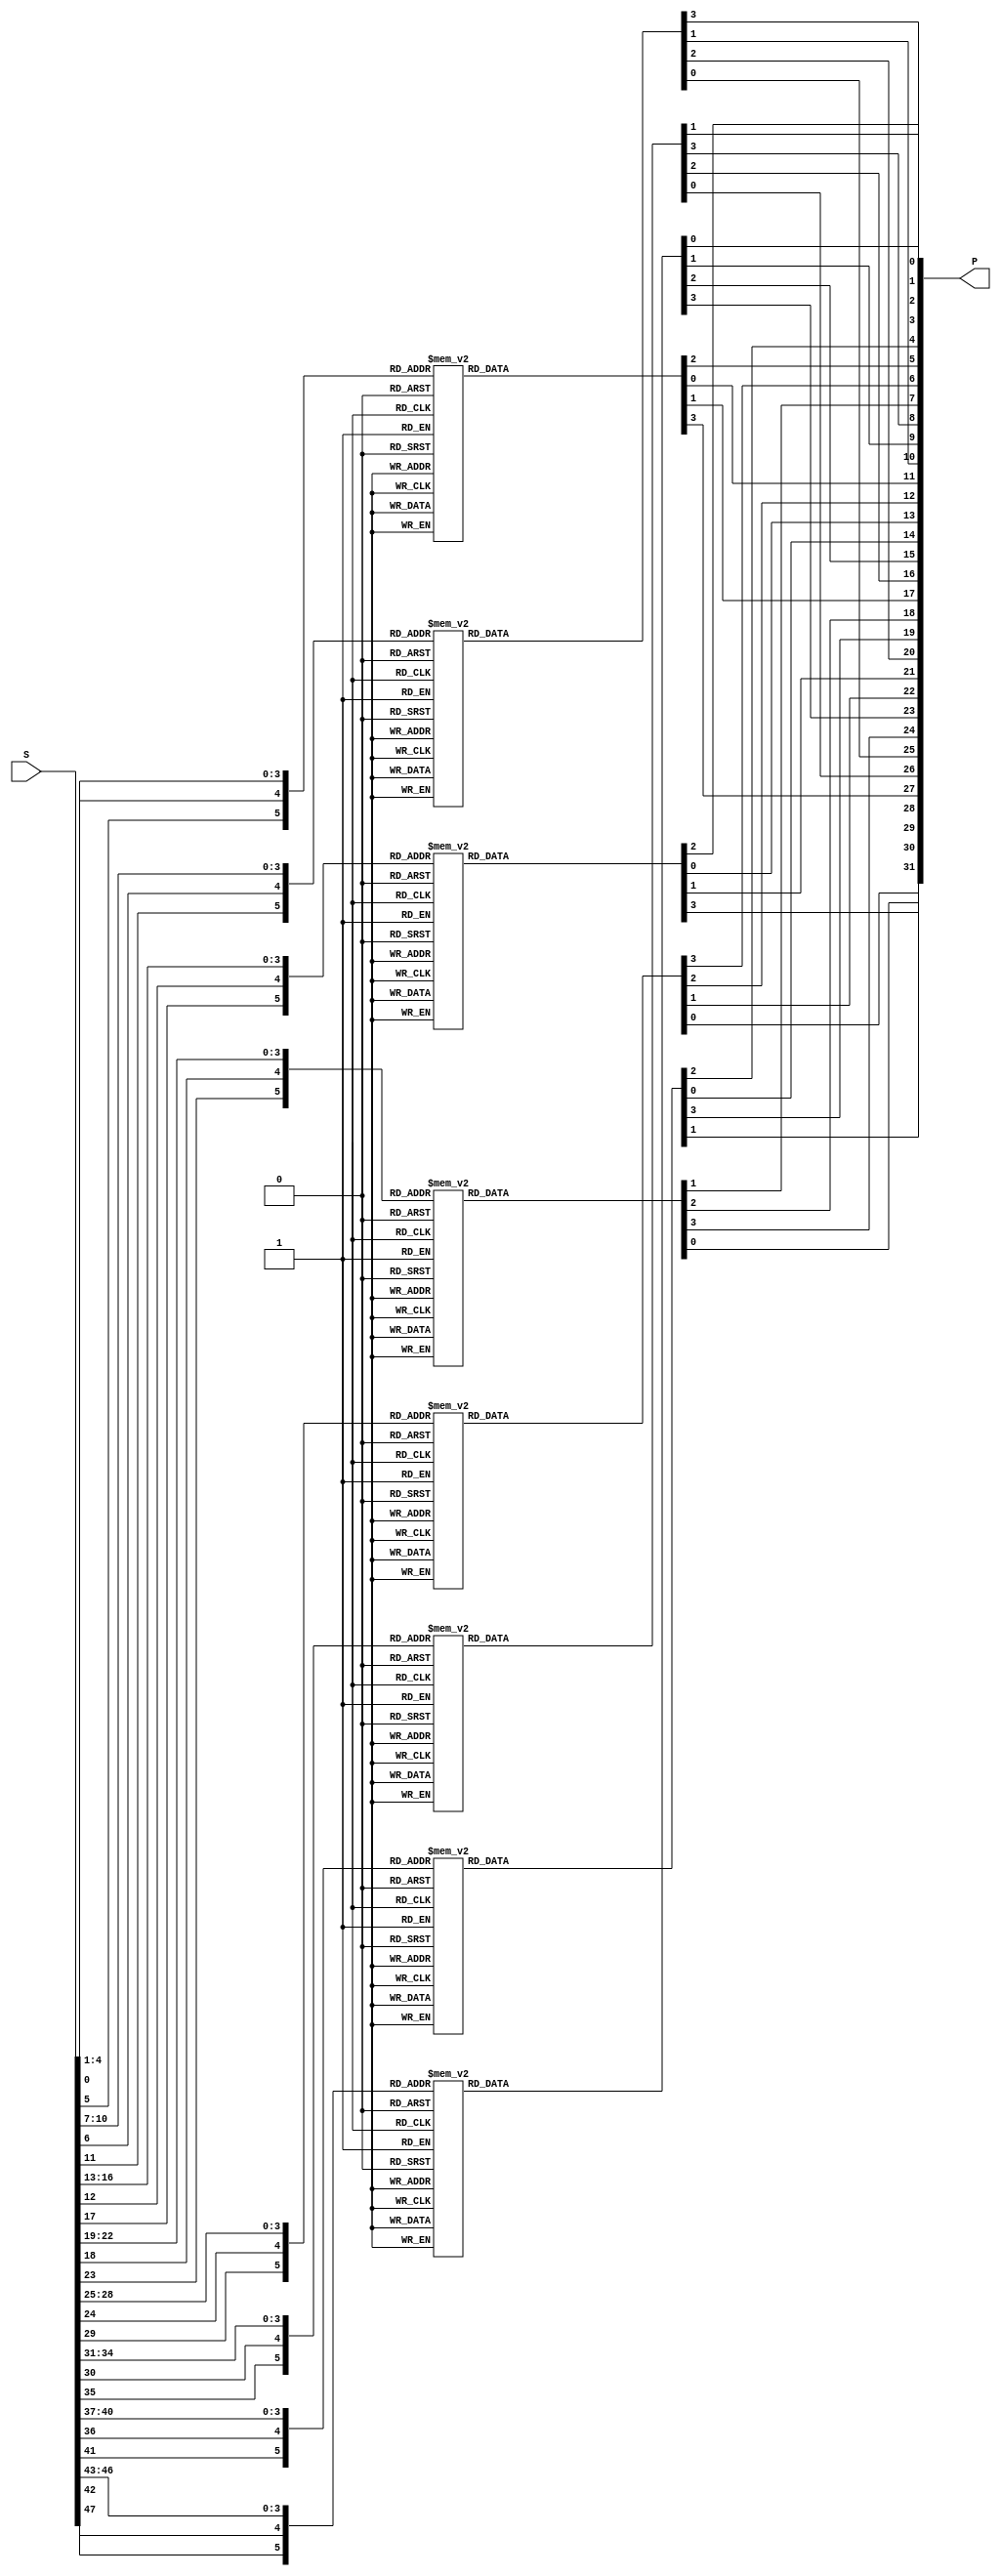
///////////////////////////////
//    S-Box & Permutation    //
///////////////////////////////
module SP(S, P);
  input  [1:48] S;
  output [1:32] P;

  reg [1:4] x1, x2, x3, x4, x5, x6, x7, x8;

  assign P = {x4[4], x2[3], x5[4], x6[1], x8[1], x3[4], x7[4], x5[1],
              x1[1], x4[3], x6[3], x7[2], x2[1], x5[2], x8[3], x3[2],
              x1[2], x2[4], x6[4], x4[2], x8[4], x7[3], x1[3], x3[1],
              x5[3], x4[1], x8[2], x2[2], x6[2], x3[3], x1[4], x7[1]};

  always @(S[1:6]) begin
    case ({S[1], S[6], S[ 2: 5]})
       0: x1 =  9;   1: x1 =  7;   2: x1 = 15;   3: x1 =  2;
       4: x1 =  6;   5: x1 = 12;   6: x1 = 10;   7: x1 =  1;
       8: x1 =  3;   9: x1 =  0;  10: x1 =  4;  11: x1 = 14;
      12: x1 =  8;  13: x1 =  5;  14: x1 = 13;  15: x1 = 11;
      16: x1 =  3;  17: x1 =  0;  18: x1 =  5;  19: x1 = 11;
      20: x1 = 15;  21: x1 =  6;  22: x1 =  9;  23: x1 = 12;
      24: x1 =  8;  25: x1 = 13;  26: x1 =  2;  27: x1 =  4;
      28: x1 =  1;  29: x1 = 10;  30: x1 = 14;  31: x1 =  7;
      32: x1 =  6;  33: x1 = 10;  34: x1 =  0;  35: x1 =  7;
      36: x1 =  5;  37: x1 =  9;  38: x1 = 15;  39: x1 =  4;
      40: x1 = 12;  41: x1 =  3;  42: x1 = 11;  43: x1 =  8;
      44: x1 =  2;  45: x1 = 14;  46: x1 =  1;  47: x1 = 13;
      48: x1 = 15;  49: x1 =  6;  50: x1 = 10;  51: x1 =  0;
      52: x1 =  9;  53: x1 =  5;  54: x1 = 12;  55: x1 = 11;
      56: x1 =  2;  57: x1 =  8;  58: x1 =  1;  59: x1 = 13;
      60: x1 = 14;  61: x1 =  3;  62: x1 =  7;  63: x1 =  4;
    endcase
  end

  always @(S[7:12]) begin
    case ({S[7], S[12], S[ 8:11]})
       0: x2 =  8;   1: x2 =  4;   2: x2 =  2;   3: x2 =  9;
       4: x2 =  1;   5: x2 = 14;   6: x2 = 13;   7: x2 =  3;
       8: x2 =  5;   9: x2 = 11;  10: x2 = 15;  11: x2 = 12;
      12: x2 = 10;  13: x2 =  7;  14: x2 =  6;  15: x2 =  0;
      16: x2 = 15;  17: x2 =  1;  18: x2 =  5;  19: x2 = 10;
      20: x2 =  8;  21: x2 =  4;  22: x2 =  2;  23: x2 = 13;
      24: x2 =  9;  25: x2 =  7;  26: x2 =  6;  27: x2 =  0;
      28: x2 =  3;  29: x2 = 14;  30: x2 = 12;  31: x2 = 11;
      32: x2 = 14;  33: x2 =  3;  34: x2 =  4;  35: x2 = 15;
      36: x2 = 13;  37: x2 =  8;  38: x2 =  1;  39: x2 =  6;
      40: x2 =  0;  41: x2 =  5;  42: x2 =  9;  43: x2 =  2;
      44: x2 =  7;  45: x2 = 11;  46: x2 = 10;  47: x2 = 12;
      48: x2 =  0;  49: x2 = 13;  50: x2 = 14;  51: x2 =  4;
      52: x2 = 11;  53: x2 =  1;  54: x2 =  7;  55: x2 = 10;
      56: x2 =  6;  57: x2 =  8;  58: x2 =  3;  59: x2 = 15;
      60: x2 = 12;  61: x2 =  2;  62: x2 =  9;  63: x2 =  5;
    endcase
  end

  always @(S[13:18]) begin
    case ({S[13], S[18], S[14:17]})
       0: x3 = 14;   1: x3 =  3;   2: x3 =  4;   3: x3 = 15;
       4: x3 =  2;   5: x3 = 12;   6: x3 = 11;   7: x3 =  5;
       8: x3 = 13;   9: x3 =  0;  10: x3 =  1;  11: x3 = 10;
      12: x3 =  8;  13: x3 =  7;  14: x3 =  6;  15: x3 =  9;
      16: x3 =  2;  17: x3 = 12;  18: x3 = 11;  19: x3 =  1;
      20: x3 = 14;  21: x3 =  7;  22: x3 =  5;  23: x3 = 10;
      24: x3 =  4;  25: x3 =  9;  26: x3 = 13;  27: x3 =  6;
      28: x3 =  3;  29: x3 =  0;  30: x3 =  8;  31: x3 = 15;
      32: x3 =  5;  33: x3 = 14;  34: x3 =  2;  35: x3 =  8;
      36: x3 = 15;  37: x3 =  1;  38: x3 = 12;  39: x3 = 11;
      40: x3 =  0;  41: x3 =  9;  42: x3 = 13;  43: x3 =  7;
      44: x3 =  6;  45: x3 = 10;  46: x3 =  3;  47: x3 =  4;
      48: x3 = 12;  49: x3 =  7;  50: x3 =  1;  51: x3 = 13;
      52: x3 =  2;  53: x3 =  8;  54: x3 = 11;  55: x3 =  4;
      56: x3 =  9;  57: x3 = 14;  58: x3 = 10;  59: x3 =  0;
      60: x3 = 15;  61: x3 =  5;  62: x3 =  6;  63: x3 =  3;
    endcase
  end

  always @(S[19:24]) begin
    case ({S[19], S[24], S[20:23]})
       0: x4 = 13;   1: x4 =  3;   2: x4 =  6;   3: x4 =  5;
       4: x4 =  8;   5: x4 = 15;   6: x4 = 11;   7: x4 =  0;
       8: x4 =  4;   9: x4 = 10;  10: x4 =  9;  11: x4 = 12;
      12: x4 =  2;  13: x4 =  1;  14: x4 = 14;  15: x4 =  7;
      16: x4 =  4;  17: x4 =  9;  18: x4 =  3;  19: x4 =  0;
      20: x4 = 14;  21: x4 =  5;  22: x4 = 13;  23: x4 = 10;
      24: x4 =  2;  25: x4 = 15;  26: x4 = 12;  27: x4 =  6;
      28: x4 = 11;  29: x4 =  8;  30: x4 =  7;  31: x4 =  1;
      32: x4 = 10;  33: x4 =  4;  34: x4 =  5;  35: x4 =  8;
      36: x4 = 15;  37: x4 =  3;  38: x4 =  6;  39: x4 = 13;
      40: x4 =  7;  41: x4 =  1;  42: x4 = 14;  43: x4 =  2;
      44: x4 =  9;  45: x4 = 12;  46: x4 =  0;  47: x4 = 11;
      48: x4 = 15;  49: x4 =  2;  50: x4 =  0;  51: x4 = 14;
      52: x4 =  5;  53: x4 =  9;  54: x4 =  3;  55: x4 =  4;
      56: x4 =  1;  57: x4 =  8;  58: x4 =  7;  59: x4 = 11;
      60: x4 = 12;  61: x4 =  6;  62: x4 = 10;  63: x4 = 13;
    endcase
  end

  always @(S[25:30]) begin
    case ({S[25], S[30], S[26:29]})
       0: x5 =  8;   1: x5 =  6;   2: x5 =  7;   3: x5 =  1;
       4: x5 =  4;   5: x5 = 13;   6: x5 =  2;   7: x5 = 11;
       8: x5 =  3;   9: x5 = 12;  10: x5 =  0;  11: x5 = 15;
      12: x5 =  9;  13: x5 = 10;  14: x5 = 14;  15: x5 =  5;
      16: x5 =  4;  17: x5 =  1;  18: x5 =  2;  19: x5 = 12;
      20: x5 = 13;  21: x5 = 11;  22: x5 = 14;  23: x5 =  7;
      24: x5 =  8;  25: x5 = 15;  26: x5 =  5;  27: x5 = 10;
      28: x5 =  6;  29: x5 =  0;  30: x5 =  3;  31: x5 =  9;
      32: x5 =  1;  33: x5 = 11;  34: x5 = 10;  35: x5 =  4;
      36: x5 =  7;  37: x5 =  2;  38: x5 = 13;  39: x5 =  8;
      40: x5 =  6;  41: x5 =  5;  42: x5 = 15;  43: x5 =  3;
      44: x5 = 12;  45: x5 =  9;  46: x5 =  0;  47: x5 = 14;
      48: x5 = 15;  49: x5 =  2;  50: x5 = 12;  51: x5 = 11;
      52: x5 = 10;  53: x5 =  7;  54: x5 =  1;  55: x5 = 13;
      56: x5 =  5;  57: x5 =  8;  58: x5 =  9;  59: x5 =  4;
      60: x5 =  0;  61: x5 = 14;  62: x5 =  6;  63: x5 =  3;
    endcase
  end

  always @(S[31:36]) begin
    case ({S[31], S[36], S[32:35]})
       0: x6 = 15;   1: x6 =  4;   2: x6 = 12;   3: x6 =  7;
       4: x6 =  5;   5: x6 =  2;   6: x6 = 10;   7: x6 =  9;
       8: x6 =  8;   9: x6 =  3;  10: x6 =  1;  11: x6 = 13;
      12: x6 = 11;  13: x6 = 14;  14: x6 =  6;  15: x6 =  0;
      16: x6 =  3;  17: x6 = 10;  18: x6 = 15;  19: x6 =  1;
      20: x6 =  9;  21: x6 =  4;  22: x6 =  0;  23: x6 =  7;
      24: x6 =  6;  25: x6 = 13;  26: x6 = 12;  27: x6 =  2;
      28: x6 =  5;  29: x6 =  8;  30: x6 = 11;  31: x6 = 14;
      32: x6 =  4;  33: x6 =  2;  34: x6 =  9;  35: x6 = 12;
      36: x6 = 10;  37: x6 = 15;  38: x6 =  3;  39: x6 =  5;
      40: x6 =  1;  41: x6 = 13;  42: x6 = 14;  43: x6 = 11;
      44: x6 =  7;  45: x6 =  0;  46: x6 =  8;  47: x6 =  6;
      48: x6 =  9;  49: x6 =  5;  50: x6 =  2;  51: x6 = 15;
      52: x6 =  4;  53: x6 =  3;  54: x6 = 14;  55: x6 =  0;
      56: x6 = 12;  57: x6 =  6;  58: x6 =  7;  59: x6 =  8;
      60: x6 = 10;  61: x6 = 13;  62: x6 =  1;  63: x6 = 11;
    endcase
  end

  always @(S[37:42]) begin
    case ({S[37], S[42], S[38:41]})
       0: x7 =  3;   1: x7 = 12;   2: x7 = 14;   3: x7 =  2;
       4: x7 =  0;   5: x7 = 15;   6: x7 =  9;   7: x7 =  5;
       8: x7 = 10;   9: x7 =  7;  10: x7 =  1;  11: x7 =  4;
      12: x7 = 13;  13: x7 =  8;  14: x7 =  6;  15: x7 = 11;
      16: x7 =  9;  17: x7 =  2;  18: x7 =  0;  19: x7 =  5;
      20: x7 =  6;  21: x7 =  8;  22: x7 = 10;  23: x7 = 15;
      24: x7 =  7;  25: x7 = 14;  26: x7 = 12;  27: x7 =  3;
      28: x7 = 11;  29: x7 = 13;  30: x7 =  1;  31: x7 =  4;
      32: x7 =  8;  33: x7 =  6;  34: x7 =  2;  35: x7 = 15;
      36: x7 =  5;  37: x7 = 12;  38: x7 = 14;  39: x7 =  3;
      40: x7 =  1;  41: x7 = 10;  42: x7 =  4;  43: x7 =  9;
      44: x7 = 11;  45: x7 =  7;  46: x7 = 13;  47: x7 =  0;
      48: x7 =  6;  49: x7 =  1;  50: x7 =  5;  51: x7 = 10;
      52: x7 =  9;  53: x7 =  7;  54: x7 =  3;  55: x7 = 12;
      56: x7 =  8;  57: x7 = 13;  58: x7 = 15;  59: x7 =  0;
      60: x7 =  2;  61: x7 = 14;  62: x7 =  4;  63: x7 = 11;
    endcase
  end

  always @(S[43:48]) begin
    case ({S[43], S[48], S[44:47]})
       0: x8 = 11;   1: x8 =  0;   2: x8 =  7;   3: x8 =  9;
       4: x8 =  2;   5: x8 = 15;   6: x8 = 12;   7: x8 =  5;
       8: x8 = 13;   9: x8 = 14;  10: x8 = 10;  11: x8 =  3;
      12: x8 =  1;  13: x8 =  4;  14: x8 =  6;  15: x8 =  8;
      16: x8 = 14;  17: x8 =  5;  18: x8 =  9;  19: x8 = 12;
      20: x8 =  7;  21: x8 = 10;  22: x8 =  0;  23: x8 =  3;
      24: x8 =  8;  25: x8 =  2;  26: x8 =  6;  27: x8 = 15;
      28: x8 = 13;  29: x8 =  1;  30: x8 = 11;  31: x8 =  4;
      32: x8 =  2;  33: x8 = 15;  34: x8 = 12;  35: x8 = 10;
      36: x8 =  9;  37: x8 =  0;  38: x8 =  5;  39: x8 =  6;
      40: x8 =  4;  41: x8 =  1;  42: x8 =  3;  43: x8 = 13;
      44: x8 = 14;  45: x8 =  7;  46: x8 =  8;  47: x8 = 11;
      48: x8 =  1;  49: x8 = 12;  50: x8 = 10;  51: x8 =  6;
      52: x8 =  4;  53: x8 =  3;  54: x8 = 15;  55: x8 =  9;
      56: x8 = 11;  57: x8 =  7;  58: x8 =  5;  59: x8 =  0;
      60: x8 =  8;  61: x8 = 13;  62: x8 =  2;  63: x8 = 14;
    endcase
  end
endmodule


/////////////////////////////
//         DES core        //
/////////////////////////////
module DES(Din, Key, Dout, Drdy, Krdy, ENC, RSTn, EN, CLK, BSY, Dvld);
  input  [1:64] Din;  // Data input
  input  [1:64] Key;  // Key input
  output [1:64] Dout; // Data output
  input  Drdy;        // Data input ready
  input  Krdy;        // Key input ready
  input  ENC;         // 1 encryption, 0 decryption
  input  RSTn;        // Reset (Low active)
  input  EN;          // DES circuit enable
  input  CLK;         // System clock
  output BSY;         // Busy signal
  output Dvld;        // Data output valid

  reg  [1:64] Drg;    // Data register
  reg  [1:56] Krg;    // Key Register
  reg  [1:16] Rrg;    // Round Register
  reg  BSYrg;         // 0 WAIT, 1 ROUND (busy)
  reg  Dvldrg;

  wire [1:64] Mask;
  wire [1:32] MaskLR;
  wire [1:64] DiX, DoX;
  wire [1:64] IP;
  wire [1:56] PC1, PC2, Knext;
  wire [1:48] Kadd, Sin;
  wire [1:32] Pout;

  assign Mask   = 64'h0123456789abcdef;
  assign MaskLR = Mask[1:32] ^ Mask[33:64];
  assign DiX   = IP ^ Mask;
  assign DoX   = Drg ^ Mask;
 
  assign IP   = {Din[58], Din[50], Din[42], Din[34], Din[26], Din[18], Din[10], Din[2],
                 Din[60], Din[52], Din[44], Din[36], Din[28], Din[20], Din[12], Din[4],
                 Din[62], Din[54], Din[46], Din[38], Din[30], Din[22], Din[14], Din[6],
                 Din[64], Din[56], Din[48], Din[40], Din[32], Din[24], Din[16], Din[8],
                 Din[57], Din[49], Din[41], Din[33], Din[25], Din[17], Din[ 9], Din[1],
                 Din[59], Din[51], Din[43], Din[35], Din[27], Din[19], Din[11], Din[3],
                 Din[61], Din[53], Din[45], Din[37], Din[29], Din[21], Din[13], Din[5],
                 Din[63], Din[55], Din[47], Din[39], Din[31], Din[23], Din[15], Din[7]};

  assign Dout = {DoX[8], DoX[40], DoX[16], DoX[48], DoX[24], DoX[56], DoX[32], DoX[64],
                 DoX[7], DoX[39], DoX[15], DoX[47], DoX[23], DoX[55], DoX[31], DoX[63],
                 DoX[6], DoX[38], DoX[14], DoX[46], DoX[22], DoX[54], DoX[30], DoX[62],
                 DoX[5], DoX[37], DoX[13], DoX[45], DoX[21], DoX[53], DoX[29], DoX[61],
                 DoX[4], DoX[36], DoX[12], DoX[44], DoX[20], DoX[52], DoX[28], DoX[60],
                 DoX[3], DoX[35], DoX[11], DoX[43], DoX[19], DoX[51], DoX[27], DoX[59],
                 DoX[2], DoX[34], DoX[10], DoX[42], DoX[18], DoX[50], DoX[26], DoX[58],
                 DoX[1], DoX[33], DoX[ 9], DoX[41], DoX[17], DoX[49], DoX[25], DoX[57]};

  assign PC1  = {Key[57], Key[49], Key[41], Key[33], Key[25], Key[17], Key[ 9],
                 Key[ 1], Key[58], Key[50], Key[42], Key[34], Key[26], Key[18],
                 Key[10], Key[ 2], Key[59], Key[51], Key[43], Key[35], Key[27],
                 Key[19], Key[11], Key[ 3], Key[60], Key[52], Key[44], Key[36],
                 Key[63], Key[55], Key[47], Key[39], Key[31], Key[23], Key[15],
                 Key[ 7], Key[62], Key[54], Key[46], Key[38], Key[30], Key[22],
                 Key[14], Key[ 6], Key[61], Key[53], Key[45], Key[37], Key[29],
                 Key[21], Key[13], Key[ 5], Key[28], Key[20], Key[12], Key[ 4]};

  assign Knext = (ENC == 1)? 
                 (((Rrg[1] | Rrg[2] | Rrg[9] | Rrg[16]) == 1)?
                   {Krg[2:28], Krg[1], Krg[30:56], Krg[29]}:
                   {Krg[3:28], Krg[1:2], Krg[31:56], Krg[29:30]}):
                 (((Rrg[1] | Rrg[8] | Rrg[15] | Rrg[16]) == 1)?
                   {Krg[28], Krg[1:27], Krg[56], Krg[29:55]}:
                   {Krg[27:28], Krg[1:26], Krg[55:56], Krg[29:54]});

  assign PC2 = (ENC ==1)? Knext: Krg;
  assign Kadd = {PC2[14], PC2[17], PC2[11], PC2[24], PC2[ 1], PC2[ 5],
                 PC2[ 3], PC2[28], PC2[15], PC2[ 6], PC2[21], PC2[10],
                 PC2[23], PC2[19], PC2[12], PC2[ 4], PC2[26], PC2[ 8],
                 PC2[16], PC2[ 7], PC2[27], PC2[20], PC2[13], PC2[ 2],
                 PC2[41], PC2[52], PC2[31], PC2[37], PC2[47], PC2[55],
                 PC2[30], PC2[40], PC2[51], PC2[45], PC2[33], PC2[48],
                 PC2[44], PC2[49], PC2[39], PC2[56], PC2[34], PC2[53],
                 PC2[46], PC2[42], PC2[50], PC2[36], PC2[29], PC2[32]};

  assign Sin = {Drg[64], Drg[33:37], Drg[36:41], Drg[40:45], Drg[44:49],
                Drg[48:53], Drg[52:57], Drg[56:61], Drg[60:64], Drg[33]} ^ Kadd;
  SP SP (Sin, Pout);

  assign BSY = BSYrg;
  assign Dvld = Dvldrg;

  always @(posedge CLK) begin
    if (RSTn == 0) begin
       Rrg    <= 16'b1000000000000000;
       BSYrg  <= 0;
       Dvldrg <= 0;
    end
    else if (EN == 1) begin
      if (BSYrg == 0) begin  // Idol
        if (Krdy == 1)
          Krg <= PC1;
        if (Drdy == 1) begin
          BSYrg  <= 1;
          Drg    <= DiX;
          Dvldrg <= 0;
        end
      end
      else begin  // Round
        Drg <= {Drg[33:64] ^ MaskLR, Drg[1:32] ^ Pout};
        Krg <= Knext;
        Rrg <= {Rrg[16], Rrg[1:15]};
        if (Rrg[16] == 1) begin
          BSYrg  <= 0;
          Dvldrg <= 1;
        end
      end
    end
  end
endmodule